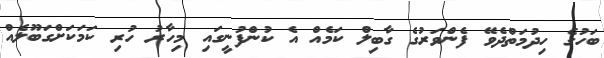
ބަހުގެ ހިދުމަތްދެވޭ ފެންވަރުގެ ގާބިލް ކަމެއް އެ ކުންފުނީގައި މިހާރު ހުރި ކަމަކަށްގަބޫލެއް